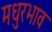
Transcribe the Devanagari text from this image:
मधुरभाव